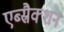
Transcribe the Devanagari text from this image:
एब्स्रैक्शन